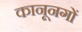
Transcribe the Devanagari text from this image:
कानूनगों